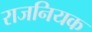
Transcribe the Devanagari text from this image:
राजनियक